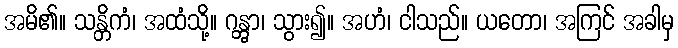
အမိ၏။ သန္တိကံ၊ အထံသို့။ ဂန္တွာ၊ သွား၍။ အဟံ၊ ငါသည်။ ယတော၊ အကြင် အခါမှ